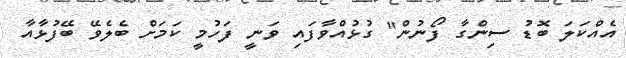
އެއްކަލަ ބޮޑު ސިންގާ ފޯނުން" ގުޅުއްވާފައި ވަނީ ފަހުމީ ކަމަށް ބެލެވޭ ބޭފުޅާއާ